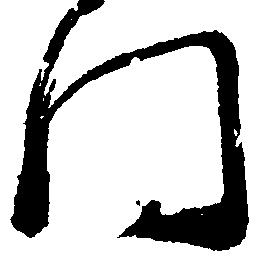
門